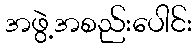
အဖွဲ့အစည်းပေါင်း